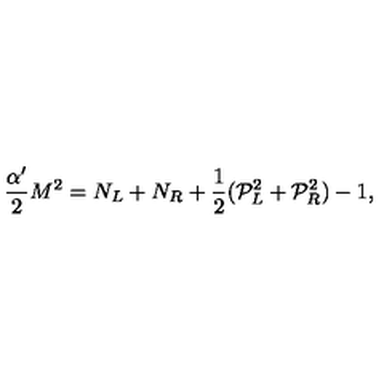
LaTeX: \frac { \alpha ^ { \prime } } { 2 } M ^ { 2 } = N _ { L } + N _ { R } + \frac { 1 } { 2 } ( { \cal P } _ { L } ^ { 2 } + { \cal P } _ { R } ^ { 2 } ) - 1 ,